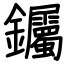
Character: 钃